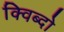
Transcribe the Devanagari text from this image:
क्विब्दो